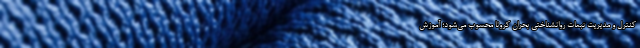
کنترل و مدیریت تبعات روانشناختی بحران‌ کرونا محسوب می‌شود؛ آموزش